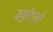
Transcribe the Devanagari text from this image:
क्युरेटरने